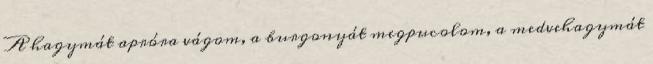
A hagymát apróra vágom, a burgonyát megpucolom, a medvehagymát